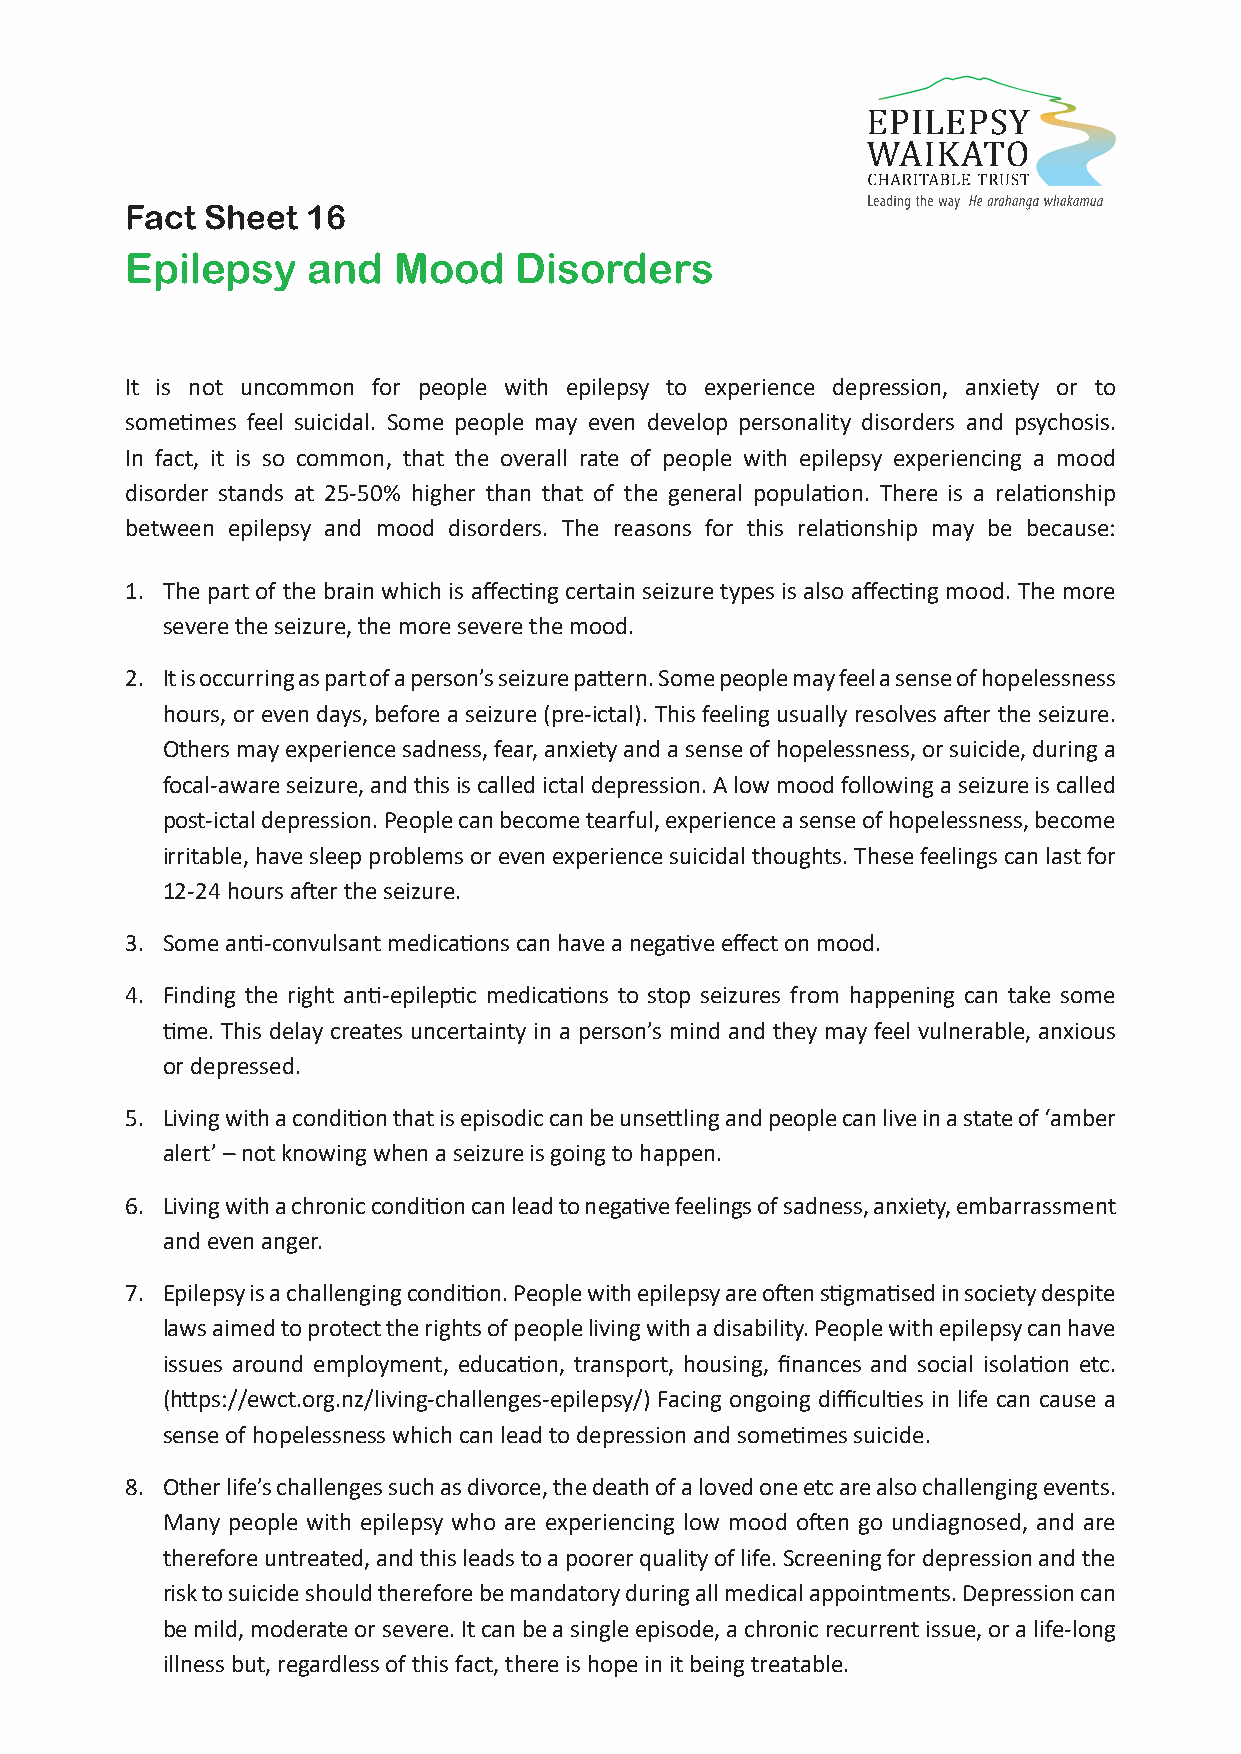
Fact  Sheet 16
 Epilepsy    and   Mood    Disorders
 It is not uncommon for people with epilepsy to experience depression, anxiety or to
 sometimes feel suicidal. Some people may even develop personality disorders and psychosis.
 In fact, it is so common, that the overall rate of people with epilepsy experiencing a mood
 disorder stands at 25-50% higher than that of the general population. There is a relationship
 between epilepsy and mood disorders. The reasons for this relationship may be because:
 1. The part of the brain which is affecting certain seizure types is also affecting mood. The more
 severe the seizure, the more severe the mood.
 2. It is occurring as part of a person’s seizure pattern. Some people may feel a sense of hopelessness
 hours, or even days, before a seizure (pre-ictal). This feeling usually resolves after the seizure.
 Others may experience sadness, fear, anxiety and a sense of hopelessness, or suicide, during a
 focal-aware seizure, and this is called ictal depression. A low mood following a seizure is called
 post-ictal depression. People can become tearful, experience a sense of hopelessness, become
 irritable, have sleep problems or even experience suicidal thoughts. These feelings can last for
 12-24 hours after the seizure.
 3. Some anti-convulsant medications can have a negative effect on mood.
 4. Finding the right anti-epileptic medications to stop seizures from happening can take some
 time. This delay creates uncertainty in a person’s mind and they may feel vulnerable, anxious
 or depressed.
 5. Living with a condition that is episodic can be unsettling and people can live in a state of ‘amber
 alert’ – not knowing when a seizure is going to happen.
 6. Living with a chronic condition can lead to negative feelings of sadness, anxiety, embarrassment
 and even anger.
 7. Epilepsy is a challenging condition. People with epilepsy are often stigmatised in society despite
 laws aimed to protect the rights of people living with a disability. People with epilepsy can have
 issues around employment, education, transport, housing, finances and social isolation etc.
 (https://ewct.org.nz/living-challenges-epilepsy/) Facing ongoing difficulties in life can cause a
 sense of hopelessness which can lead to depression and sometimes suicide.
 8. Other life’s challenges such as divorce, the death of a loved one etc are also challenging events.
 Many people with epilepsy who are experiencing low mood often go undiagnosed, and are
 therefore untreated, and this leads to a poorer quality of life. Screening for depression and the
 risk to suicide should therefore be mandatory during all medical appointments. Depression can
 be mild, moderate or severe. It can be a single episode, a chronic recurrent issue, or a life-long
 illness but, regardless of this fact, there is hope in it being treatable.